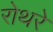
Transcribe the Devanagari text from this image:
रोथरे